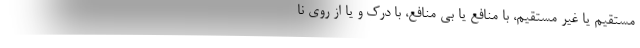
مستقیم یا غیر مستقیم، با منافع یا بی منافع، با درک و یا از روی نا